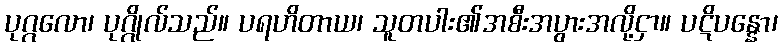
ပုဂ္ဂလော၊ ပုဂ္ဂိုလ်သည်။ ပရဟိတာယ၊ သူတပါး၏အစီးအပွားအလို့ငှာ။ ပဋိပန္နော၊